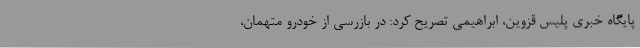
پایگاه خبری پلیس قزوین، ابراهیمی تصریح کرد: در بازرسی از خودرو متهمان،